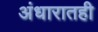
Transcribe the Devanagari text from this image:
अंधारातही